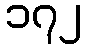
၁၇၂